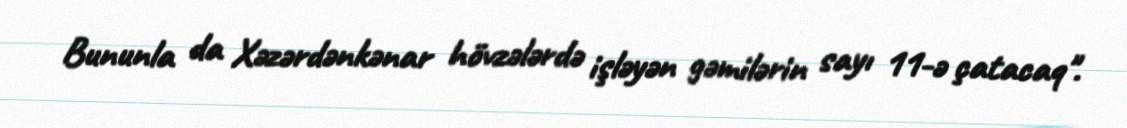
Bununla da Xəzərdənkənar hövzələrdə işləyən gəmilərin sayı 11-ə çatacaq".